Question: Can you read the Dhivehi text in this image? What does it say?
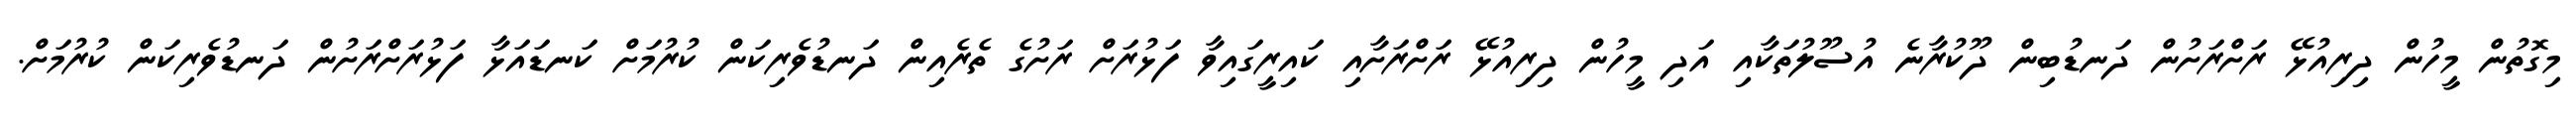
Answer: މިގޮތުން މީހުން ދިރިއުޅޭ ރަށްރަށުން ދަނޑުބިން ދޫކުރާނެ އުސޫލުތަކާއި އަދި މީހުން ދިރިއުޅޭ ރަށްރަށާއި ކައިރީގައިވާ ފަޅުރަށް ރަށުގެ ތެރެއިން ދަނޑުވެރިކަން ކުރުމަށް ކަނޑައަޅާ ފަޅުރަށްރަށުން ދަނޑުވެރިކަން ކުރުމަށް.